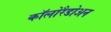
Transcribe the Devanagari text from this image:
कॉलोरैडोअन